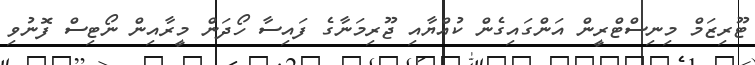
ޓޫރިޒަމް މިނިސްޓްރީން އަންގައިގެން ކުއްޔާއި ޖޫރިމަނާގެ ފައިސާ ހޯދަން މީރާއިން ނޯޓިސް ފޮނުވި